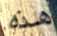
هذه